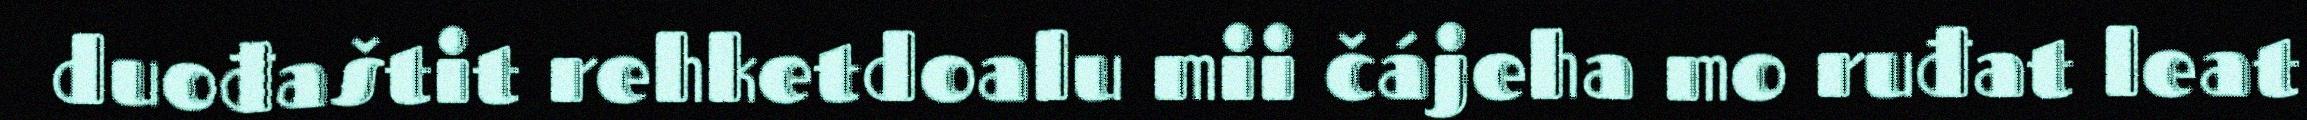
duođaštit rehketdoalu mii čájeha mo ruđat leat